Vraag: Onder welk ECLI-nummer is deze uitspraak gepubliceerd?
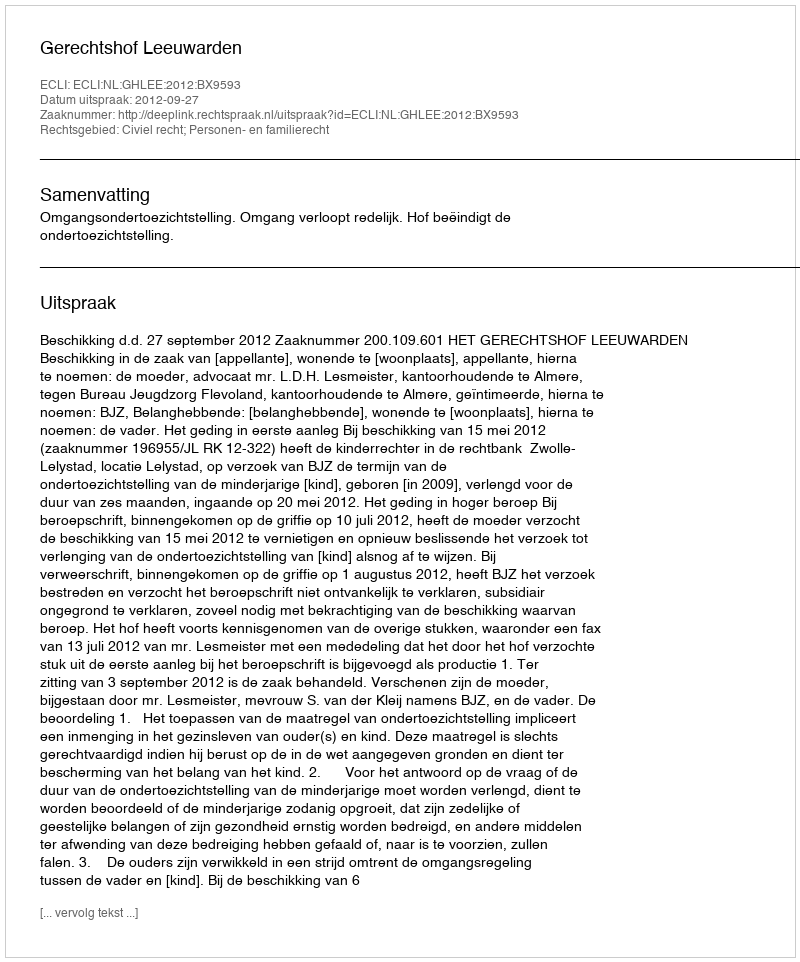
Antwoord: ECLI:NL:GHLEE:2012:BX9593